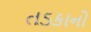
તડકાનો